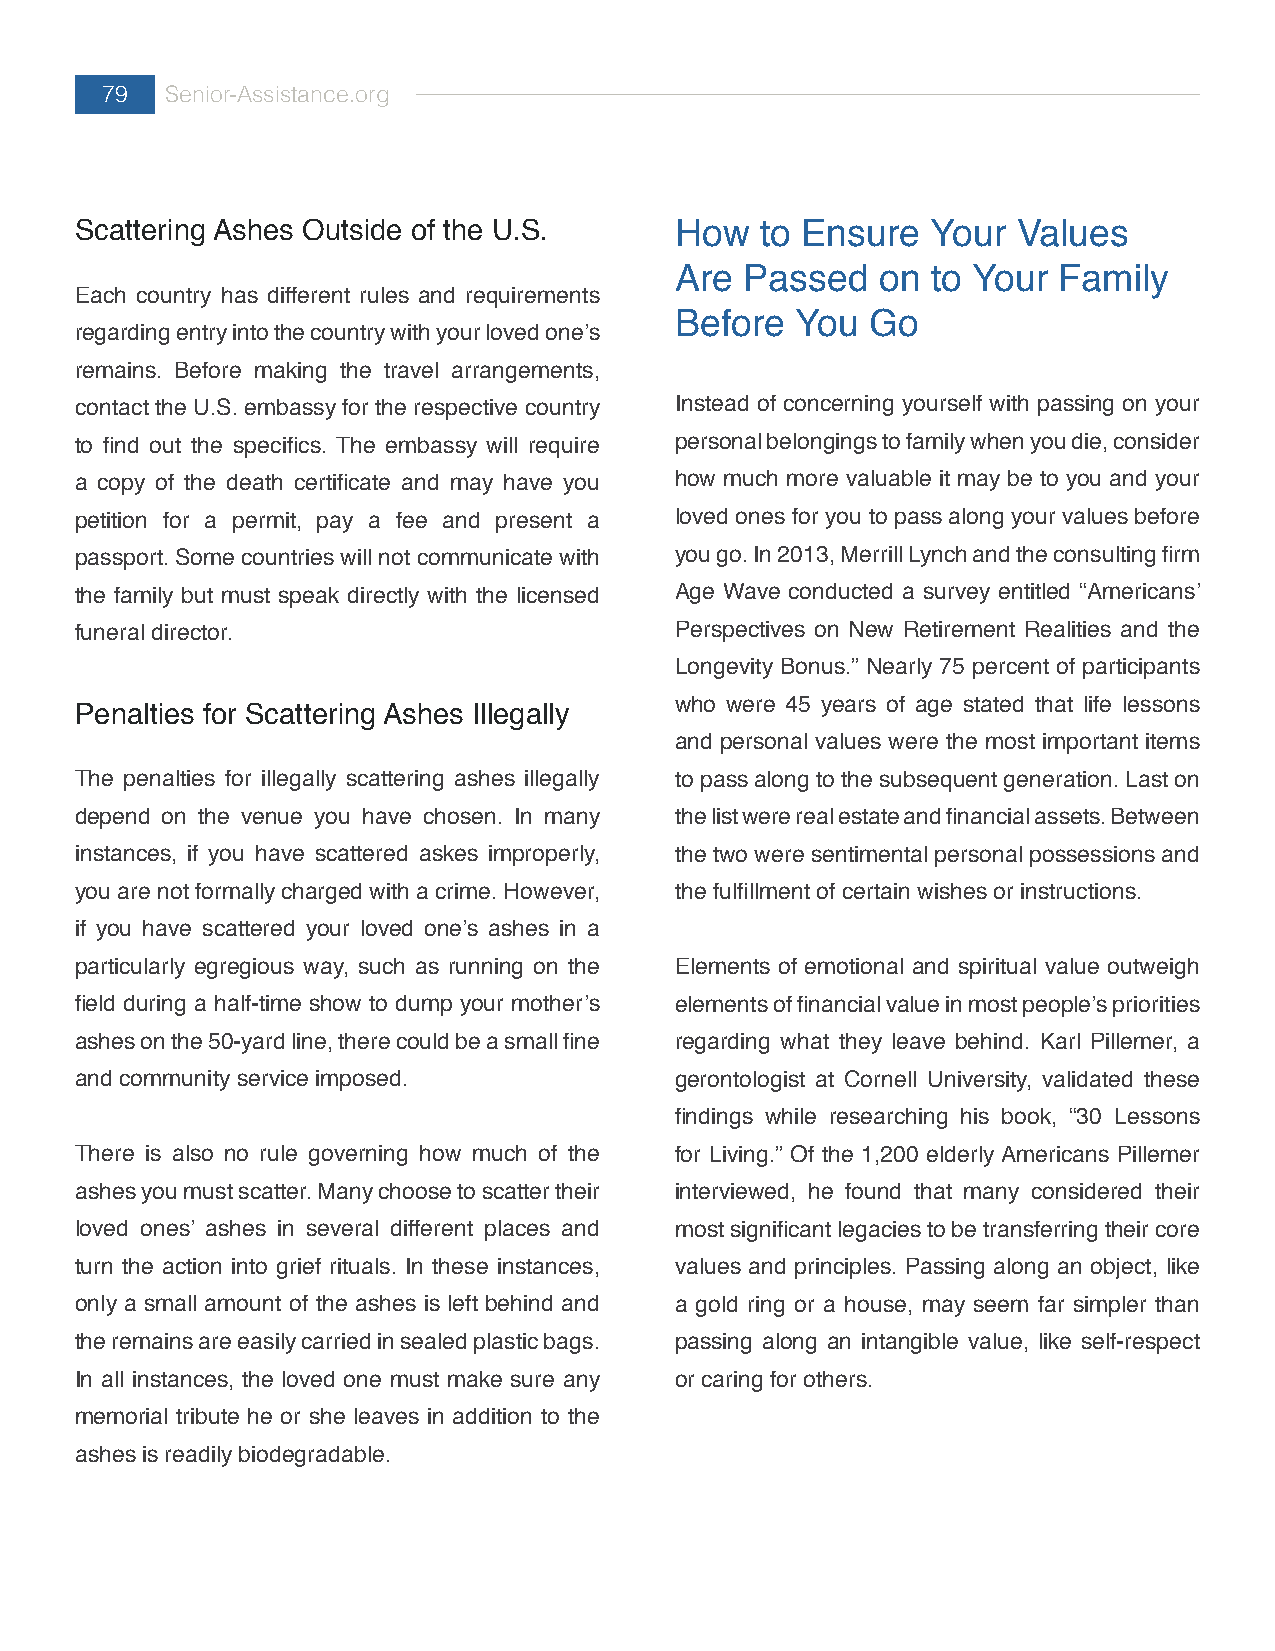
79  Senior-Assistance.org
 Scattering Ashes Outside of the U.S.    How  to Ensure   Your Values
 Are Passed   on  to Your Family
 Each country has different rules and requirements
 Before  You  Go
 regarding entry into the country with your loved one’s
 remains. Before making the travel arrangements,
 contact the U.S. embassy for the respective country Instead of concerning yourself with passing on your
 to find out the specifics. The embassy will require personal belongings to family when you die, consider
 a copy of the death certificate and may have you how much more valuable it may be to you and your
 petition for a permit, pay a fee and present a loved ones for you to pass along your values before
 passport. Some countries will not communicate with you go. In 2013, Merrill Lynch and the consulting firm
 the family but must speak directly with the licensed Age Wave conducted a survey entitled “Americans’
 funeral director.                       Perspectives on New Retirement Realities and the
 Longevity Bonus.” Nearly 75 percent of participants
 who were 45 years of age stated that life lessons
 Penalties for Scattering Ashes Illegally
 and personal values were the most important items
 The penalties for illegally scattering ashes illegally to pass along to the subsequent generation. Last on
 depend on the venue you have chosen. In many the list were real estate and financial assets. Between
 instances, if you have scattered askes improperly, the two were sentimental personal possessions and
 you are not formally charged with a crime. However, the fulfillment of certain wishes or instructions.
 if you have scattered your loved one’s ashes in a
 particularly egregious way, such as running on the Elements of emotional and spiritual value outweigh
 field during a half-time show to dump your mother’s elements of financial value in most people’s priorities
 ashes on the 50-yard line, there could be a small fine regarding what they leave behind. Karl Pillemer, a
 and community service imposed.          gerontologist at Cornell University, validated these
 findings while researching his book, “30 Lessons
 There is also no rule governing how much of the for Living.” Of the 1,200 elderly Americans Pillemer
 ashes you must scatter. Many choose to scatter their interviewed, he found that many considered their
 loved ones’ ashes in several different places and most significant legacies to be transferring their core
 turn the action into grief rituals. In these instances, values and principles. Passing along an object, like
 only a small amount of the ashes is left behind and a gold ring or a house, may seem far simpler than
 the remains are easily carried in sealed plastic bags. passing along an intangible value, like self-respect
 In all instances, the loved one must make sure any or caring for others.
 memorial tribute he or she leaves in addition to the
 ashes is readily biodegradable.